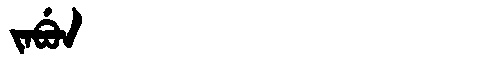
Manchu: ᠵᠠᠪᡠᠨ
Romanization: JABUN